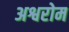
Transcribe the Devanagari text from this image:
अश्वरोम